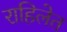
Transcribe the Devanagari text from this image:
राहिलेत